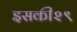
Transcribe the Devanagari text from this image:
इसकी२९